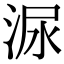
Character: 㳮